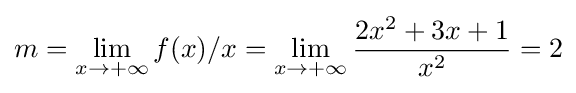
m=\lim _{x\rightarrow +\infty }f(x)/x=\lim _{x\rightarrow +\infty }{\frac {2x^{2}+3x+1}{x^{2}}}=2